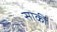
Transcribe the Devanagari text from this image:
सार्की